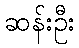
ဆန်းဦး